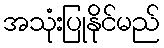
အသုံးပြုနိုင်မည်